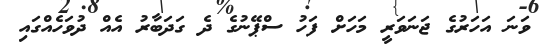
ވަނަ އަހަރުގެ ޖަނަވަރީ މަހަށް ފަހު ސްޕޭނުގެ ދެ ގަދަބާރު އެއް ދުވަހެއްގައި